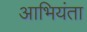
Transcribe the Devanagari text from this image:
आभियंता